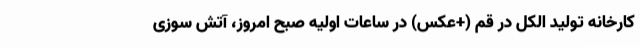
کارخانه تولید الکل در قم (+عکس) در ساعات اولیه صبح امروز، آتش سوزی